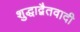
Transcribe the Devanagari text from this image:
शुद्धाद्वैतवादी